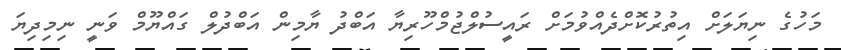
މަހުގެ ނިޔަލަށް އިތުރުކޮށްދެއްވުމަށް ރައީސުލްޖުމްހޫރިޔާ އަބްދު ޔާމިން އަބްދުލް ގައްޔޫމް ވަނީ ނިމިދިޔަ